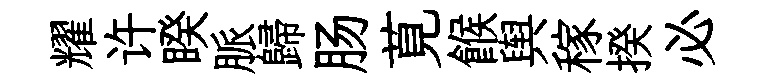
耀许睽脈歸肠莧餱舆稼揆必